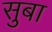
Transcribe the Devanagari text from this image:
सुबा